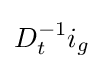
D_{t}^{-1}i_{g}